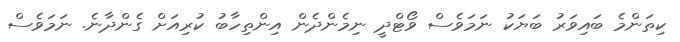
ކިތަންމެ ބައިވަރު ބަޔަކު ނަމަވެސް ވޯޓްދީ ނިމެންދެން އިންތިހާބު ކުރިއަށް ގެންދާނެ. ނަމަވެސް